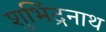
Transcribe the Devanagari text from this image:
शुभिंद्रनाथ